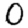
Digit: 0